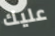
عليك